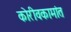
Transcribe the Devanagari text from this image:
कोरीवकामांत